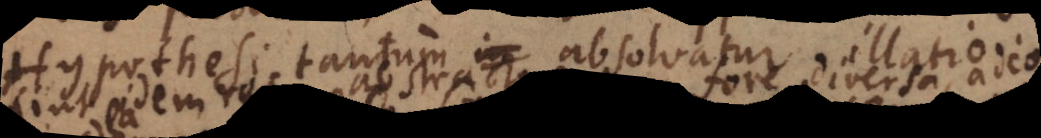
Hypothesi tantum absolvatur illatio.